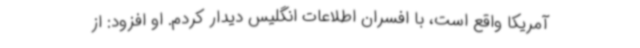
آمریکا واقع است، با افسران اطلاعات انگلیس دیدار کردم. او افزود: از